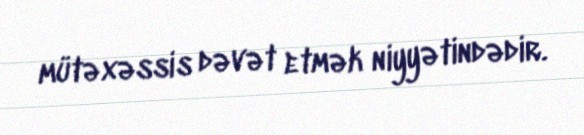
mütəxəssis dəvət etmək niyyətindədir.